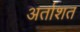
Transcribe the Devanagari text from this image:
अर्ताशत